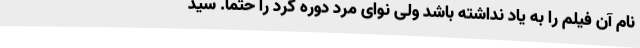
نام آن فیلم را به یاد نداشته باشد ولی نوای مرد دوره گرد را حتما. سید